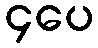
၄ပေ